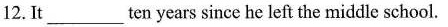
12. It___ten years since he left the middle school.